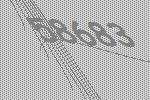
58683